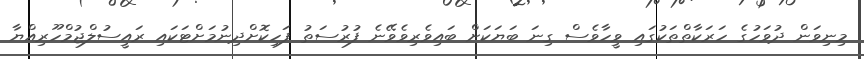
މިނިވަން ދުވަހުގެ ހަރަކާތްތަކުގައި ވީހާވެސް ގިނަ ބަޔަކަށް ބައިވެރިވެވޭނެ ފުރުސަތު ފަހިކޮށްދިނުމަށްޓަކައި ރައީސުލްޖުމްހޫރިއްޔާ